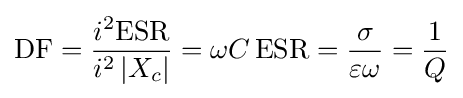
{\text{DF}}={\frac {i^{2}{\text{ESR}}}{i^{2}\left|X_{c}\right|}}=\omega C\,{\text{ESR}}={\frac {\sigma }{\varepsilon \omega }}={\frac {1}{Q}}